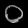
Digit: ၀